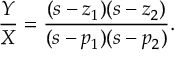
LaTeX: { \frac { Y } { X } } = { \frac { ( s - z _ { 1 } ) ( s - z _ { 2 } ) } { ( s - p _ { 1 } ) ( s - p _ { 2 } ) } } .